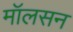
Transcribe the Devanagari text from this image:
मॉलसन